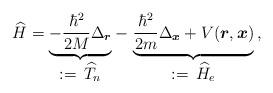
LaTeX: \begin{align*} \widehat{H} &= \underbrace{-\frac{\hbar^2}{2M}\Delta_{\boldsymbol{r}}}_{\hbox{$:= \,\widehat{T}_n$}} -\,\underbrace{\frac{\hbar^2}{2m}\Delta_{\boldsymbol{x}} + V(\boldsymbol{r},\boldsymbol{x})}_{\hbox{$:= \,\widehat{H}_e$}}\, ,\end{align*}